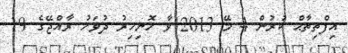
އިފްތިތާޙް ކުރުން 4 މޭ 2013 ވާ ހޮނިހިރު ދުވަހު ރާއްޖޭގެ 19